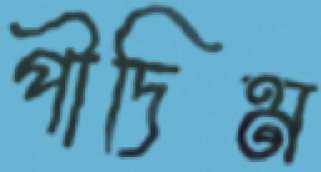
পীদিম